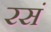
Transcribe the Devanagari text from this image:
रसं